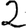
Digit: 2